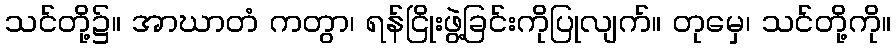
သင်တို့၌။ အာဃာတံ ကတွာ၊ ရန်ငြိုးဖွဲ့ခြင်းကိုပြုလျက်။ တုမှေ၊ သင်တို့ကို။